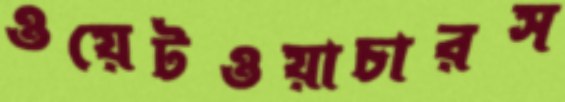
ওয়েটওয়াচারস